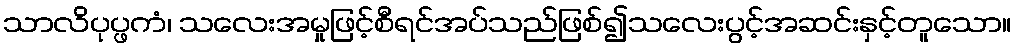
သာလိပုပ္ဖကံ၊ သလေးအမှုဖြင့်စီရင်အပ်သည်ဖြစ်၍သလေးပွင့်အဆင်းနှင့်တူသော။